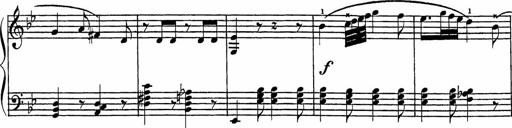
Title: Song of the River
Composer: Frederick Henry Pease